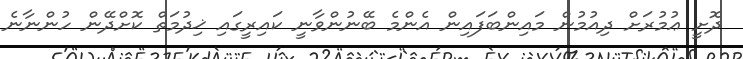
ދޮށީ ޢުމުރަށް ދިއުމުން މައިންބަފައިން އެންމެ ބޭނުންވާނީ ކައިރީގައި ޚިދުމަތް ކޮށްދޭން ހުންނާނެ